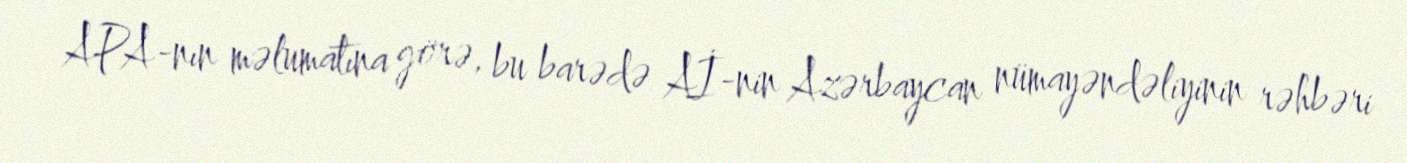
APA-nın məlumatına görə, bu barədə Aİ-nin Azərbaycan nümayəndəliyinin rəhbəri